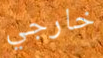
خارجي